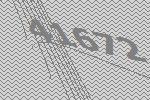
41672